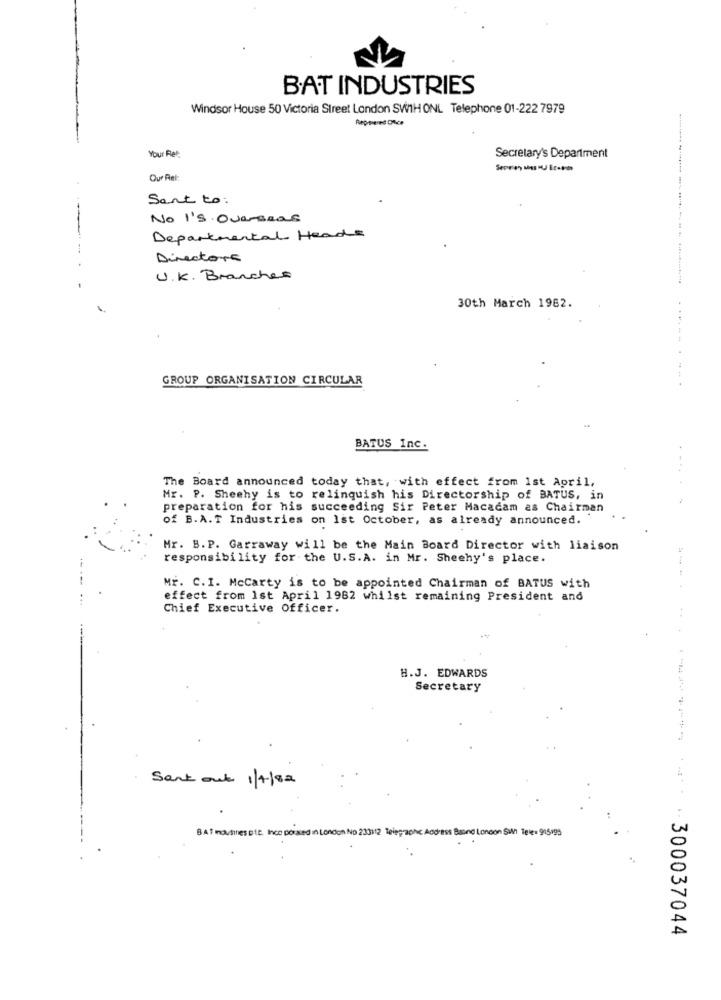
BAT INDUSTRIES
Windsor House 50 Victoria Street London SW1H ONL Telephone 01-222 7979
Your Ret:
Secretary's Department
Our Ret:
Sent to:
No I's Overseas
Departmental Heads
Directors
U.K. Branches
30th March 1982.
GROUP ORGANISATION CIRCULAR
BATUS Inc.
. ...
The Board announced today that, with effect from 1st April,
Mr. P. Sheehy is to relinquish his Directorship of BATUS, in
preparation for his succeeding Sir Peter Macadam as Chairman
of B.A.T Industries on 1st October, as already announced.
Mr. B.P. Garraway will be the Main Board Director with liaison
responsibility for the U.S.A. in Mr. Sheehy's place.
Mr. C.I. Mccarty is to be appointed Chairman of BATUS with
effect from Ist April 1982 whilst remaining President and
Chief Executive Officer.
H.J. EDWARDS
Secretary
Sent out 1/4/82
BAT mousines pte. Ince porated in London No 233112 Telegraphic Address Baind Loncon SWt Tele: 915195
.****** ********* *-. - 300037044